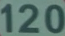
120